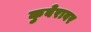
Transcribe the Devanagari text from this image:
कुबेरावर